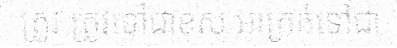
ត្រូវ ត្រូវទៅជាខុស អាក្រក់ទៅជា